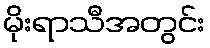
မိုးရာသီအတွင်း